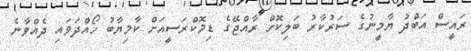
ރައީސް އަބްދު ޔާމީނުގެ ސަރުކާރު ބަލިކޮށް ރާއްޖޭގެ ޑިމޮކްރަސީއަށް ކާމިޔާބު ހޯއްދަވައި ދެއްވާނެ